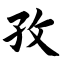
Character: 孜